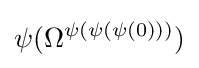
\psi (\Omega ^{\psi (\psi (\psi (0)))})